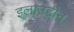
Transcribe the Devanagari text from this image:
इलाउद्दीन